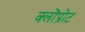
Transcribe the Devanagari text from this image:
क्लोंप्रोट